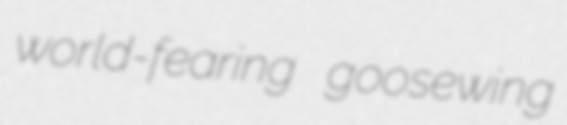
world-fearing goosewing